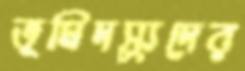
ভূমিদস্যুদের